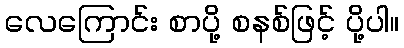
လေကြောင်း စာပို့ စနစ်ဖြင့် ပို့ပါ။